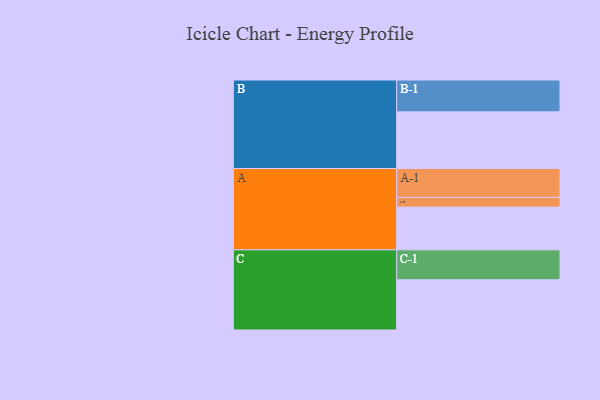
{"axis": {"x": "Segment", "y": "Value"}, "legend": ["", "A", "B", "C"], "data": [{"x": "A", "y": 372, "type": ""}, {"x": "B", "y": 493, "type": ""}, {"x": "C", "y": 437, "type": ""}, {"x": "A-1", "y": 251, "type": "A"}, {"x": "A-2", "y": 84, "type": "A"}, {"x": "B-1", "y": 277, "type": "B"}, {"x": "C-1", "y": 260, "type": "C"}]}